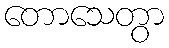
တောသေတွာ